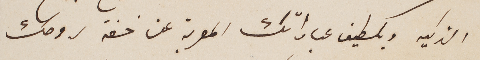
الذكيه وبلطيف عباراتك المعربة عن خفة روحك